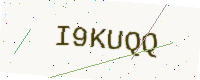
Text: I9KUQQ